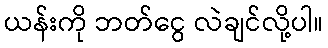
ယန်းကို ဘတ်ငွေ လဲချင်လို့ပါ။